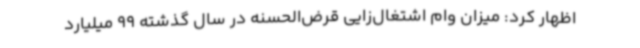
اظهار کرد: میزان وام اشتغال‌زایی قرض‌الحسنه در سال گذشته 99 میلیارد